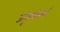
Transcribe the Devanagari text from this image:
जंतूसंसर्ग